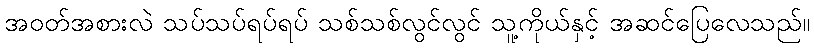
အဝတ်အစားလဲ သပ်သပ်ရပ်ရပ် သစ်သစ်လွင်လွင် သူ့ကိုယ်နှင့် အဆင်ပြေလေသည်။